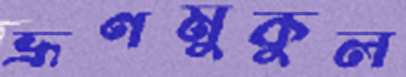
ভ্রূণমুকুল